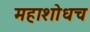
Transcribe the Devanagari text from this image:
महाशोधच